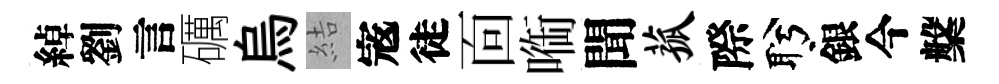
綽劉言礪烏結𡨥徒靣㗸聞菰際盻銀今槃